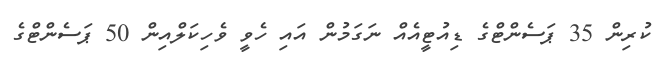
ކުރިން 35 ޕަސެންޓްގެ ޑިއުޓީއެއް ނަގަމުން އައި ހެވީ ވެހިކަލްއިން 50 ޕަސެންޓްގެ